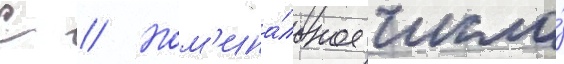
С // Ном'ина́льное число́